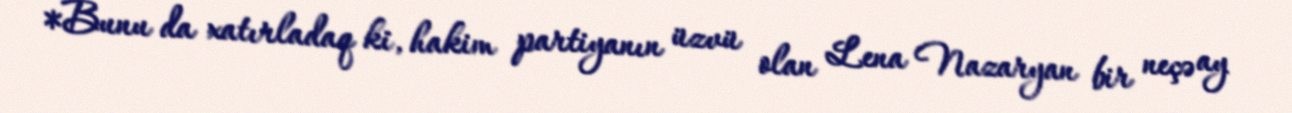
*Bunu da xatırladaq ki, hakim partiyanın üzvü olan Lena Nazaryan bir neçə ay